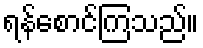
ရန်စောင်ကြသည်။